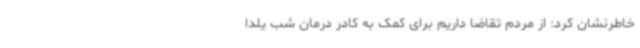
خاطرنشان کرد: از مردم تقاضا داریم برای کمک به کادر درمان شب یلدا